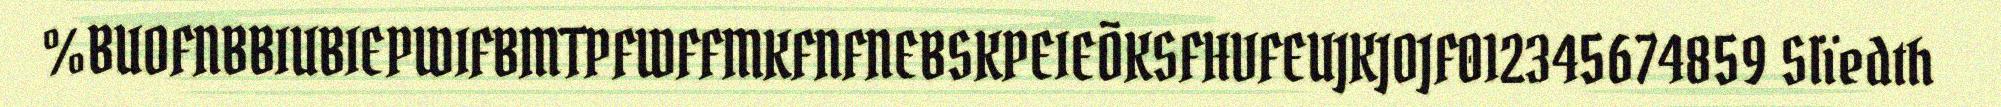
%BUOFNBBIUBIEPWIFBMTPFWFFMKFNFNEBSKPEIEÕKSFHVFEUJKJOJF012345674859 Slïedth